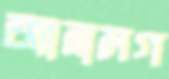
অ্যানালগ